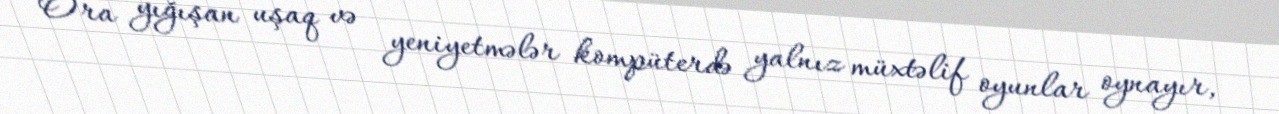
Ora yığışan uşaq və yeniyetmələr kompüterdə yalnız müxtəlif oyunlar oynayır,